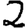
Digit: 2